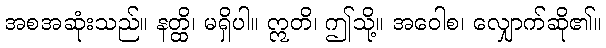
အစအဆုံးသည်။ နတ္ထိ၊ မရှိပါ။ ဣတိ၊ ဤသို့။ အဝေါစ၊ လျှောက်ဆို၏။